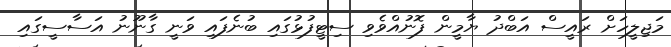
މަޖިލީހަށް ރައީސް އަބްދު ޔާމީން ފޮނުއްވެވި ސިޓީފުޅުގައި ބުނެފައި ވަނީ ގާނޫނު އަސާސީގައި